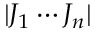
| J _ { 1 } \cdots J _ { n } |